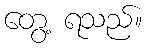
တွေ့ ရသည်။